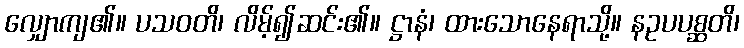
လျှောကျ၏။ ပသဝတိ၊ လိမ့်၍ဆင်း၏။ ဋ္ဌာနံ၊ ထားသောနေရာသို့။ နဥပပစ္ဆတိ၊